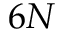
6 N